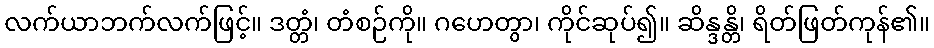
လက်ယာဘက်လက်ဖြင့်။ ဒတ္တံ၊ တံစဉ်ကို။ ဂဟေတွာ၊ ကိုင်ဆုပ်၍။ ဆိန္ဒန္တိ၊ ရိတ်ဖြတ်ကုန်၏။